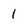
Character: 1